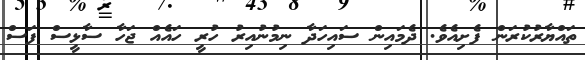
ތައްޔާރުކުރަން ފެށިއެވެ. ދެމައިން ސައިހަދާ ނިމުނުއިރު ހުރީ ހައެއް ޖަހާ ސާޅީސް ފަސް